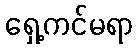
ရှေ့ကင်မရာ